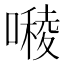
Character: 𭋓